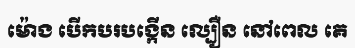
ម៉ោង បើកបរបង្កើន ល្បឿន នៅពេល គេ